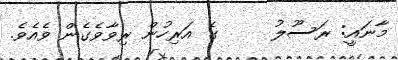
މާނައީ: ރަސޫލު     ގެ އަރިހުން ރިވާވެގެން ވެއެވެ.